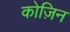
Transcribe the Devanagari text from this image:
कोज़िन